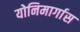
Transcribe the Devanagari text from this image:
योनिमार्गास